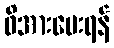
ဖိအားပေးရန်